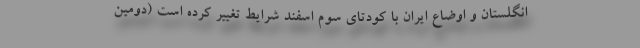
انگلستان و اوضاع ایران با کودتای سوم اسفند شرایط تغییر کرده است (دومین